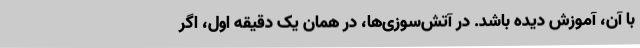
با آن، آموزش دیده باشد. در آتش‌سوزی‌ها، در همان یک دقیقه اول، اگر